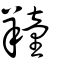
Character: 𦏆